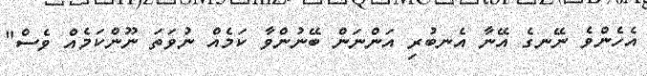
އެހެންވެ ނޭނގެ އޭނާ އެނބުރި އަންނަން ބޭނުންވާ ކަމެއް ނުވަތަ ނޫންކަމެއް ވެސް"